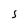
Character: S